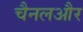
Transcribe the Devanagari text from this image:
चैनलऔर